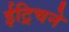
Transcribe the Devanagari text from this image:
ईट्रिचने